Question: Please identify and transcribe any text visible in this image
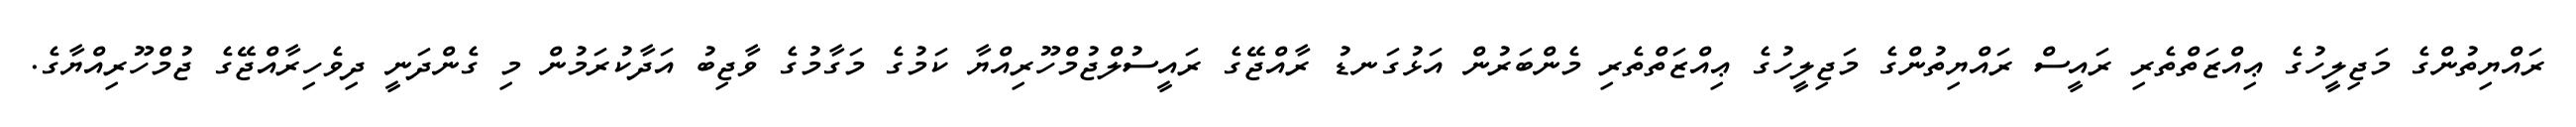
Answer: ރައްޔިތުންގެ މަޖިލީހުގެ ޢިއްޒަތްތެރި ރައީސް ރައްޔިތުންގެ މަޖިލީހުގެ ޢިއްޒަތްތެރި މެންބަރުން އަޅުގަނޑު ރާއްޖޭގެ ރައީސުލްޖުމްހޫރިއްޔާ ކަމުގެ މަގާމުގެ ވާޖިބު އަދާކުރަމުން މި ގެންދަނީ ދިވެހިރާއްޖޭގެ ޖުމްހޫރިއްޔާގެ.